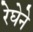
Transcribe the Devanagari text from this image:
रेघेने